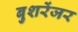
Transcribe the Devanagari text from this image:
बुशरेंजर